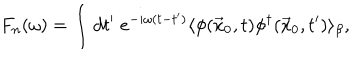
LaTeX: F _ { n } ( \omega ) = \int d t ^ { \prime } \; e ^ { - i \omega ( t - t ^ { \prime } ) } \langle \phi ( \vec { x } _ { 0 } , t ) \phi ^ { \dagger } ( \vec { x } _ { 0 } , t ^ { \prime } ) \rangle _ { \beta } ,